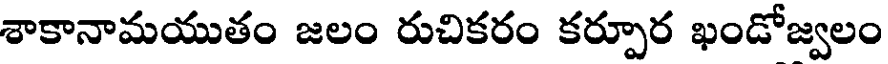
శాకానామయుతం జలం రుచికరం కర్పూర ఖండోజ్వలం